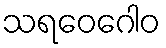
သရဝေဂေါဝ